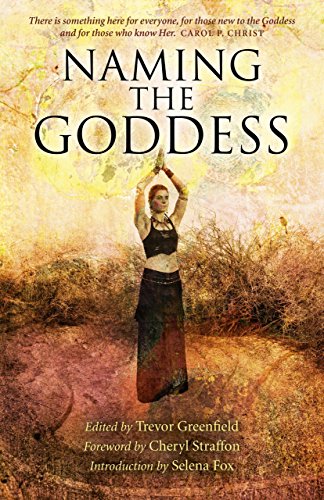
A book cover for Naming the Goddess; Trevor Greenfield; Religion & Spirituality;